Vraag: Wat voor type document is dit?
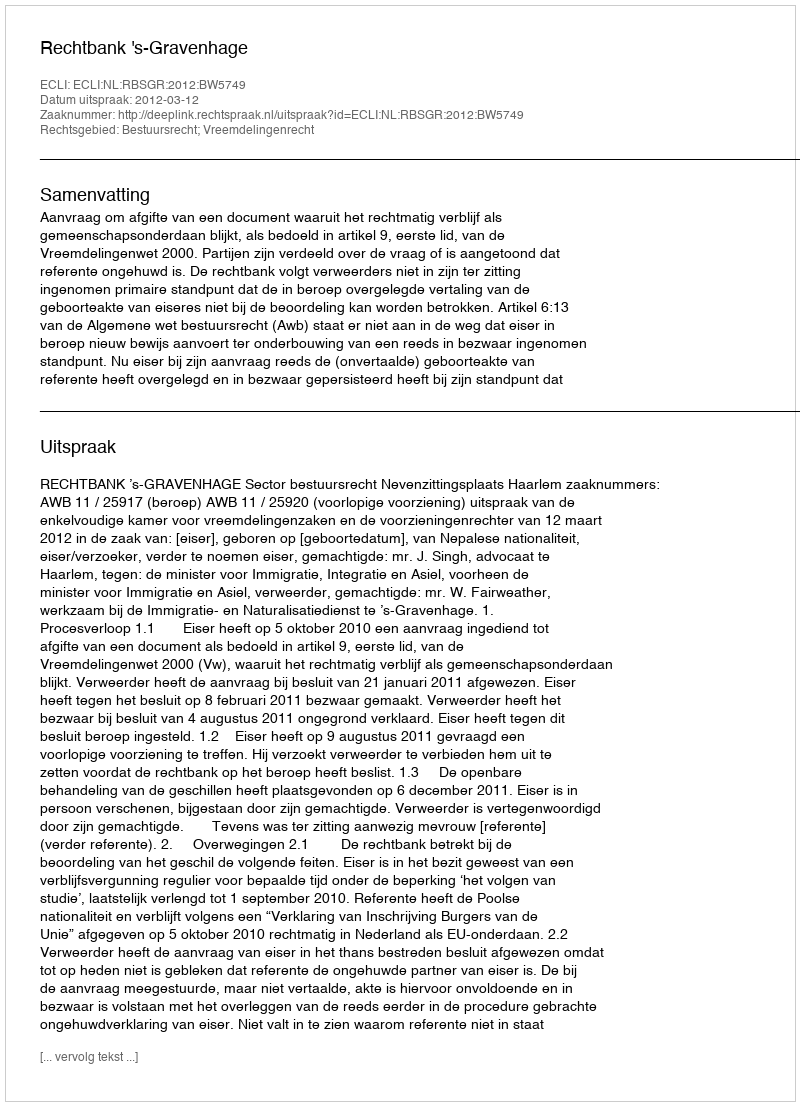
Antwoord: Uitspraak